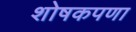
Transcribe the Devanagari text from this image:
शोषकपणा